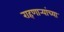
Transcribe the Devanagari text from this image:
राहणार्‍यांच्या